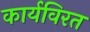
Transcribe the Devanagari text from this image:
कार्यविरत